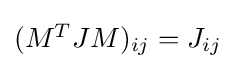
{\textstyle (M^{T}JM)_{ij}=J_{ij}}